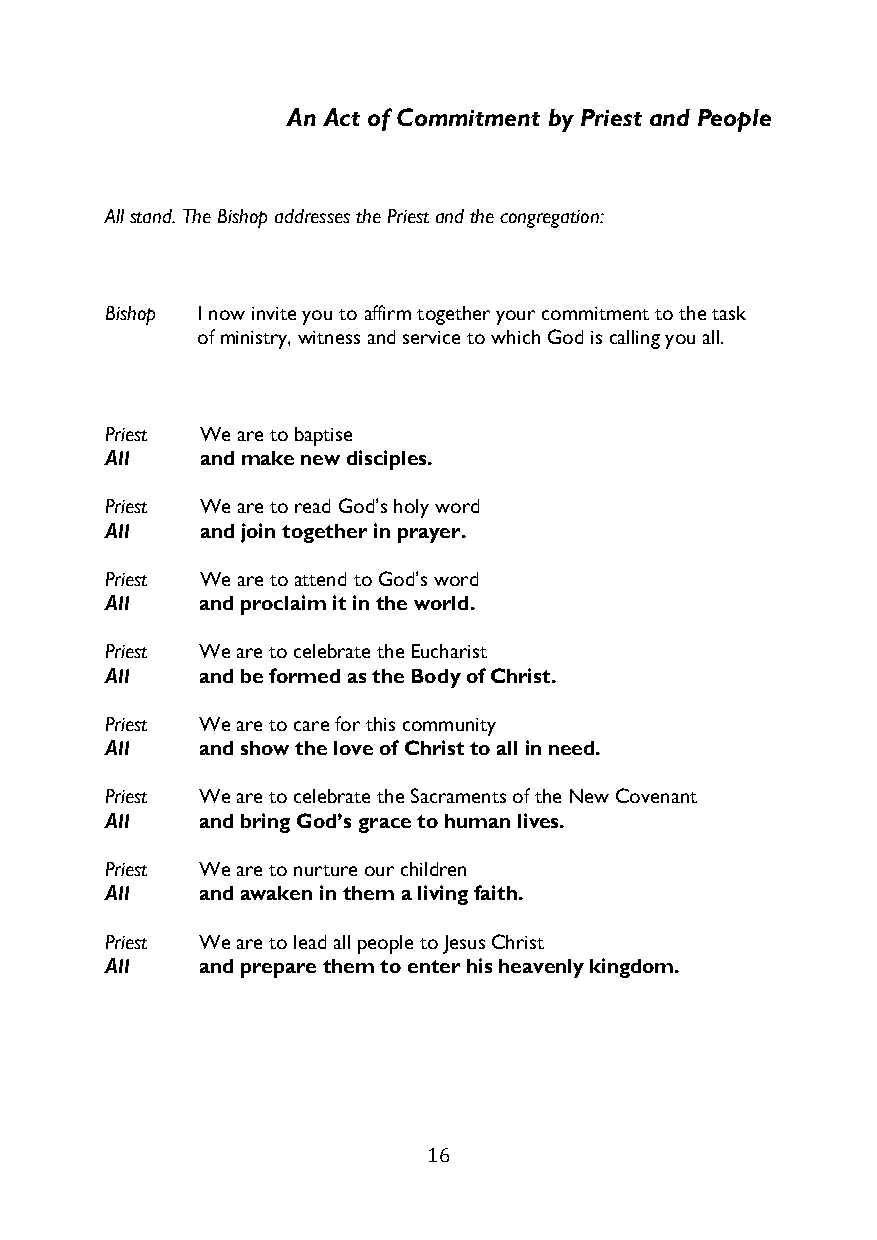
An Act of Commitment by Priest and People
 All stand. The Bishop addresses the Priest and the congregation:
 Bishop I now invite you to affirm together your commitment to the task
 of ministry, witness and service to which God is calling you all.
 Priest We are to baptise
 All   and make new disciples.
 Priest We are to read God’s holy word
 All   and join together in prayer.
 Priest We are to attend to God’s word
 All   and proclaim it in the world.
 Priest We are to celebrate the Eucharist
 All   and be formed as the Body of Christ.
 Priest We are to care for this community
 All   and show the love of Christ to all in need.
 Priest We are to celebrate the Sacraments of the New Covenant
 All   and bring God’s grace to human lives.
 Priest We are to nurture our children
 All   and awaken in them a living faith.
 Priest We are to lead all people to Jesus Christ
 All   and prepare them to enter his heavenly kingdom.
 16